Vaccination in Bombay 1863-1868 - 1863-1868
Year: 1863
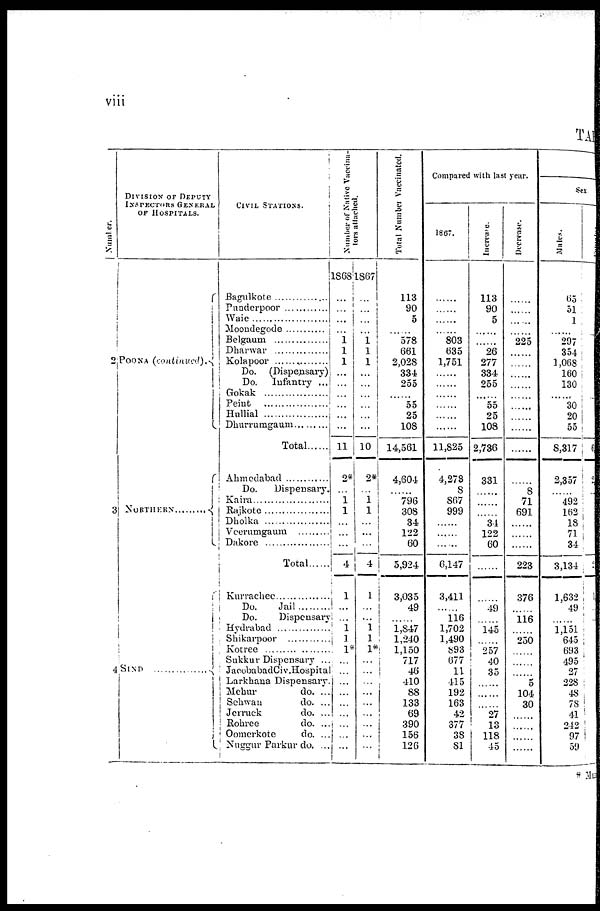
viii
TABLE
Number.
2
3
4
DIVISION OF DEPUTY
INSPECTORS GENERAL
OF HOSPITALS.
POONA (continued).
NORTHERN ............
SIND ...................
CIVIL STATIONS.
Bagulkote ...............
Punderpoor
.........
Waie..................
Moondegode ...............
Belgaum ..................
Dharwar ...............
Kolapoor
Do. (Dispensary)
Do. Infantry ...
Gokak
...............
Peint
...............
Hullial
...............
Dhurrumgaum ............
Total .........
Ahmedabad ............
Do.
Dispensary.
Kaira .....................
Rajkote ..................
Dholka ...............
Veerumgaum ............
Dakore ...............
Total ......
Kurrachee ...............
Do. Jail............
Do.
Dispensary
Hydrabad ............
Shikarpoor .........
Korree ............
Sukkur Dispensary ...
JacobabadCiv.Hospital
Larkhana Dispensary.
Mehur
do. ...
Schwan
do. ...
Jerruck
do. ...
Rohree
do. ...
Oomerkote
do. ...
Nuggur Parkur do. ...
Number of Native Vaccina¬
tors attached.
1868
...
...
...
...
1
1
1
...
...
...
...
...
...
11
2*
...
1
1
...
...
...
4
1
...
...
1
1
1*
...
...
...
...
...
...
...
...
...
1867
...
...
...
...
1
1
1
...
...
...
...
...
...
10
2*
...
1
1
...
...
...
4
1
...
...
1
1
1*
...
...
...
...
...
...
...
...
...
Total Number Vaccinated.
113
90
5
578
661
2,028
334
255
...
55
25
108
14,561
4,604
...
796
308
34
122
60
5,924
3,035
49
......
1,847
1,240
1,150
717
46
410
88
133
69
390
156
126
Compared with last year.
1867.
......
......
......
......
803
635
1,751
......
......
......
......
......
......
11,825
4,273
8
867
999
......
......
......
6,147
3,411
......
116
1,702
1,490
893
677
11
415
192
163
42
377
38
81
Increase
113
90
5
......
......
26
277
334
255
......
55
25
108
2,736
331
......
...
...
34
122
60
......
......
49
......
145
......
257
40
35
......
......
......
27
13
118
45
Decrease.
......
......
......
......
225
......
......
......
......
......
......
......
......
......
......
8
71
691
......
......
......
223
376
......
116
......
250
......
......
......
5
104
30
......
......
......
......
Sex
Males.
65
51
1
......
297
354
1,068
160
130
......
30
20
55
8,317
2,357
......
492
162
18
71
34
3,134
1,632
49
......
1,151
645
693
495
27
228
48
78
41
242
97
59
Fe
6
2
1
* Muncip